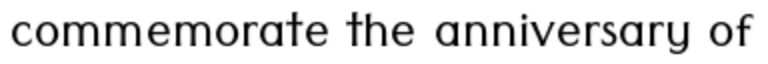
commemorate the anniversary of